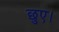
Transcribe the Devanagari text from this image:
छुए।